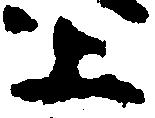
上